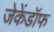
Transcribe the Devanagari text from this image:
जेकेंडॉफ